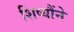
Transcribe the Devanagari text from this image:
शिष्यौंने